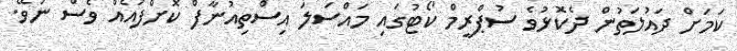
ކަމަށް ދައުލަތުން ދެކޮޅުވެ ސުޕްރީމް ކޯޓުގައި މައްސަލަ އިސްތިއުނާފް ކޮށްފައެއް ވެސް ނުވޭ.